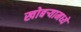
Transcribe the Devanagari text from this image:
खोबऱ्यामध्ये